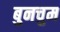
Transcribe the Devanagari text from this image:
बुनचुम